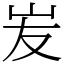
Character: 𡵢